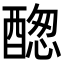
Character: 𨡮